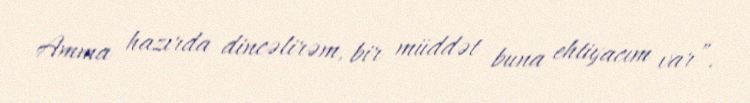
Amma hazırda dincəlirəm, bir müddət buna ehtiyacım var”.